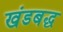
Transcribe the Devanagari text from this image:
खंडबद्ध